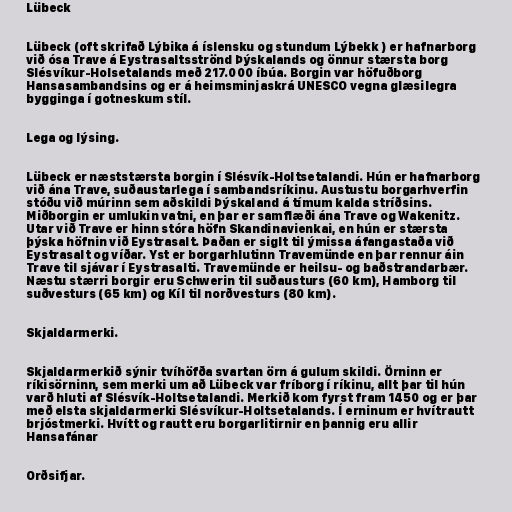
Lübeck

Lübeck (oft skrifað Lýbika á íslensku og stundum Lýbekk ) er hafnarborg
við ósa Trave á Eystrasaltsströnd Þýskalands og önnur stærsta borg
Slésvíkur-Holsetalands með 217.000 íbúa. Borgin var höfuðborg
Hansasambandsins og er á heimsminjaskrá UNESCO vegna glæsilegra
bygginga í gotneskum stíl.

Lega og lýsing.

Lübeck er næststærsta borgin í Slésvík-Holtsetalandi. Hún er hafnarborg
við ána Trave, suðaustarlega í sambandsríkinu. Austustu borgarhverfin
stóðu við múrinn sem aðskildi Þýskaland á tímum kalda stríðsins.
Miðborgin er umlukin vatni, en þar er samflæði ána Trave og Wakenitz.
Utar við Trave er hinn stóra höfn Skandinavienkai, en hún er stærsta
þýska höfnin við Eystrasalt. Þaðan er siglt til ýmissa áfangastaða við
Eystrasalt og víðar. Yst er borgarhlutinn Travemünde en þar rennur áin
Trave til sjávar í Eystrasalti. Travemünde er heilsu- og baðstrandarbær.
Næstu stærri borgir eru Schwerin til suðausturs (60 km), Hamborg til
suðvesturs (65 km) og Kíl til norðvesturs (80 km).

Skjaldarmerki.

Skjaldarmerkið sýnir tvíhöfða svartan örn á gulum skildi. Örninn er
ríkisörninn, sem merki um að Lübeck var fríborg í ríkinu, allt þar til hún
varð hluti af Slésvík-Holtsetalandi. Merkið kom fyrst fram 1450 og er þar
með elsta skjaldarmerki Slésvíkur-Holtsetalands. Í erninum er hvítrautt
brjóstmerki. Hvítt og rautt eru borgarlitirnir en þannig eru allir
Hansafánar

Orðsifjar.